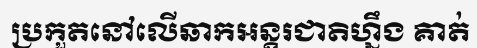
ប្រកួតនៅលើឆាកអន្តរជាតិហ្នឹង គាត់